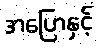
အပြောနှင့်